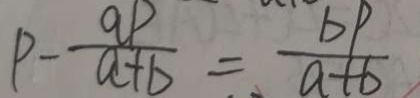
P - \frac { a p } { a + b } = \frac { b p } { a + b }